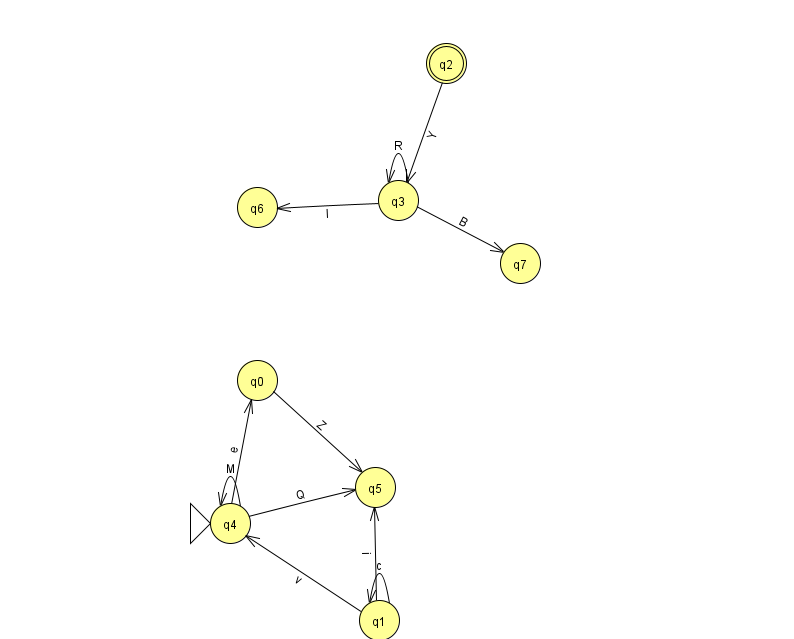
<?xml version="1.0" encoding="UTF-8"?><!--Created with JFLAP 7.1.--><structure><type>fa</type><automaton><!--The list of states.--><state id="0" name="q0"><x>257.0</x><y>367.0</y></state><state id="1" name="q1"><x>379.0</x><y>607.0</y></state><state id="2" name="q2"><x>446.0</x><y>50.0</y><final/></state><state id="3" name="q3"><x>398.0</x><y>187.0</y></state><state id="4" name="q4"><x>230.0</x><y>510.0</y><initial/></state><state id="5" name="q5"><x>375.0</x><y>474.0</y></state><state id="6" name="q6"><x>257.0</x><y>194.0</y></state><state id="7" name="q7"><x>520.0</x><y>250.0</y></state><!--The list of transitions.--><transition><from>3</from><to>6</to><read>l</read></transition><transition><from>3</from><to>7</to><read>B</read></transition><transition><from>4</from><to>0</to><read>e</read></transition><transition><from>4</from><to>5</to><read>Q</read></transition><transition><from>3</from><to>3</to><read>R</read></transition><transition><from>1</from><to>1</to><read>c</read></transition><transition><from>1</from><to>5</to><read>i</read></transition><transition><from>1</from><to>4</to><read>v</read></transition><transition><from>4</from><to>4</to><read>M</read></transition><transition><from>0</from><to>5</to><read>Z</read></transition><transition><from>2</from><to>3</to><read>Y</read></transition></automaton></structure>